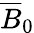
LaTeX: {\overline{{B}}}_{0}